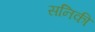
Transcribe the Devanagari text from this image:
सनिकी